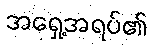
အရှေ့အရပ်၏